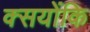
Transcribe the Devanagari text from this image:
क्सयोंकि